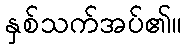
နှစ်သက်အပ်၏။